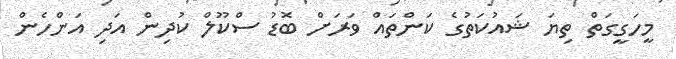
މީހަގީގަތް ތިޔަ ޝައުކަތުގެ ކަންތައް ވަރަށް ބޮޑު ސްކޫލް ކުދިން އަދި އަންހެން